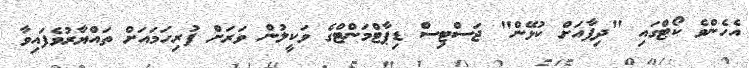
އެހެންވެ ކޯޓްގައި "ދިފާއަށް ކުޅޭން" ޖަސްޓިސް ޑިޕާޓްމަންޓްގެ ވަކީލުން ވަރަށް ފުރިހަމައަށް ތައްޔާރުވެފައިވާ